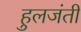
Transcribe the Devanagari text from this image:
हुलजंती